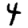
Digit: 4